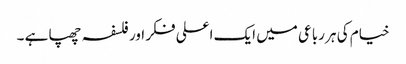
خیام کی ہر رباعی میں ایک اعلی فکر اور فلسفہ چھپا ہے ۔